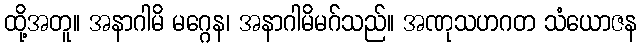
ထို့အတူ။ အနာဂါမိ မဂ္ဂေန၊ အနာဂါမိမဂ်သည်။ အဏုသဟဂတ သံယောဇန